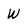
Character: W